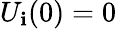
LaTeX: U_{\mathbf{i}}(0)=0